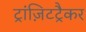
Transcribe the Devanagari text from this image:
ट्रांज़िटट्रैकर